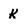
Character: K